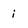
Character: i